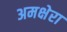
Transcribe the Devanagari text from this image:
अमक्षेरा